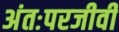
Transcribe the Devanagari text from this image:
अंतःपरजीवी